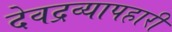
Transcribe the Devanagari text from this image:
देवद्रव्यापहारी